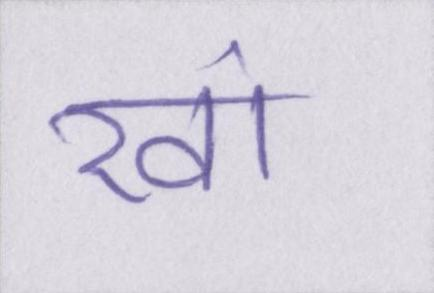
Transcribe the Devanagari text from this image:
खां